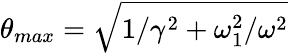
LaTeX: \theta_{max}=\sqrt{1/\gamma^{2}+\omega_{1}^{2}/\omega^{2}}